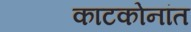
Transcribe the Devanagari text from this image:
काटकोनांत